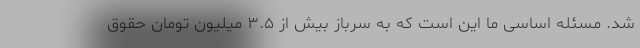
شد. مسئله اساسی ما این است که به سرباز بیش از ۳.۵ میلیون تومان حقوق